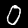
Label: 0